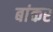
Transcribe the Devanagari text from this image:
बांकर